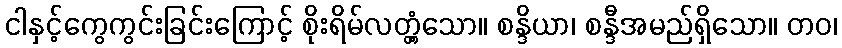
ငါနှင့်ကွေကွင်းခြင်းကြောင့် စိုးရိမ်လတ္တံ့သော။ စန္ဒိယာ၊ စန္ဒီအမည်ရှိသော။ တဝ၊